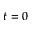
t = 0